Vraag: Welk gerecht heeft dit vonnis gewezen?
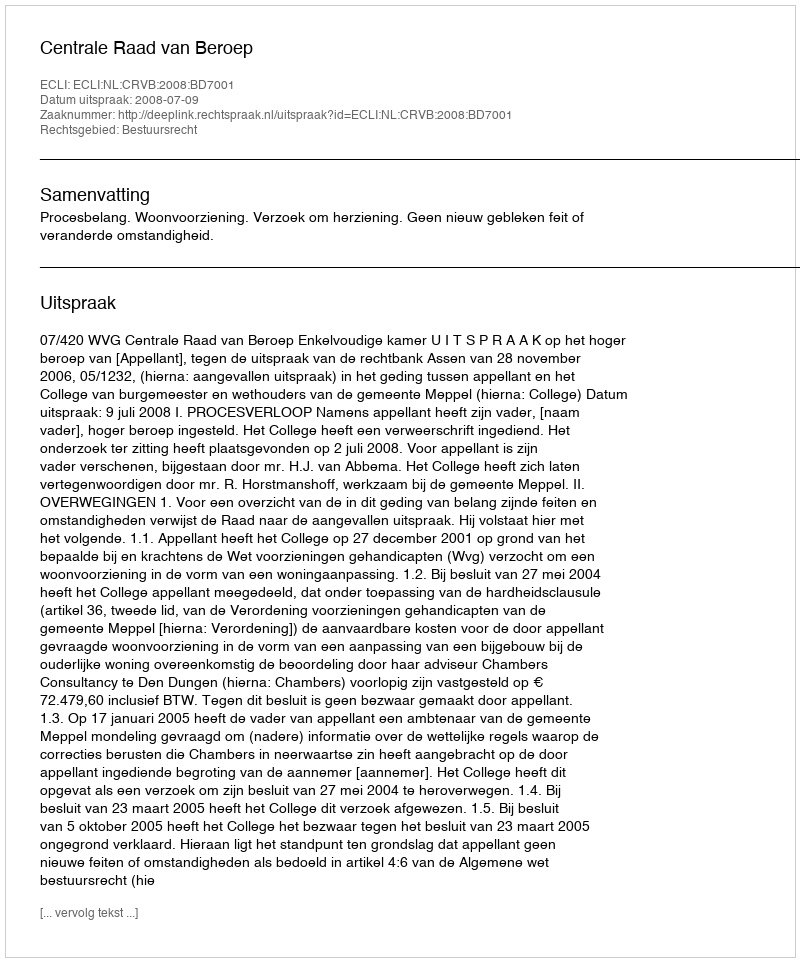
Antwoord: Centrale Raad van Beroep